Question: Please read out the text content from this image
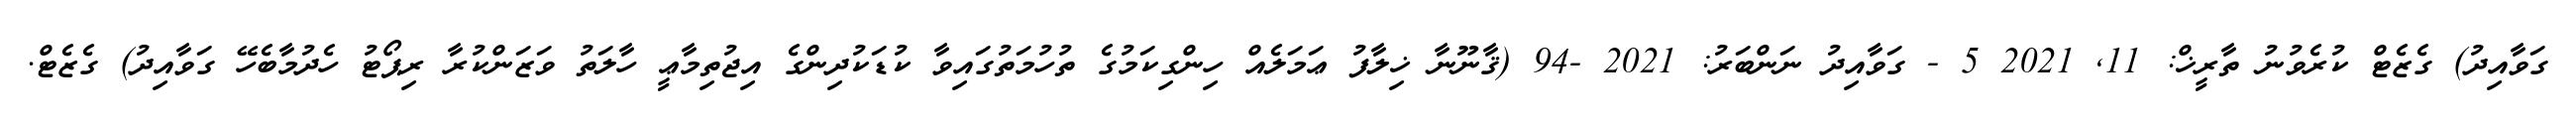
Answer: ގަވާއިދު) ގެޒެޓް ކުރެވުނު ތާރީޚް: 11, 2021 5 - ގަވާއިދު ނަންބަރު: 2021 -94 (ޤާނޫނާ ޚިލާފު ޢަމަލެއް ހިންގިކަމުގެ ތުހުމަތުގައިވާ ކުޑަކުދިންގެ އިޖުތިމާޢީ ހާލަތު ވަޒަންކުރާ ރިޕޯޓު ހެދުމާބެހޭ ގަވާއިދު) ގެޒެޓް.